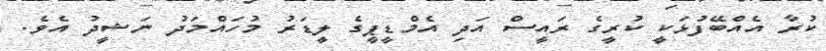
ކުރާ އެއްބޭފުޅަކީ ކުރީގެ ރައީސް އަދި އެމްޑީޕީގެ ލީޑަރު މުހައްމަދު ނަޝީދު އެވެ.